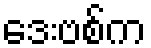
ဒေးဗစ်က